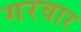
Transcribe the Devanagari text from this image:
गरवार